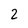
Character: 2